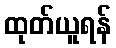
ထုတ်ယူရန်